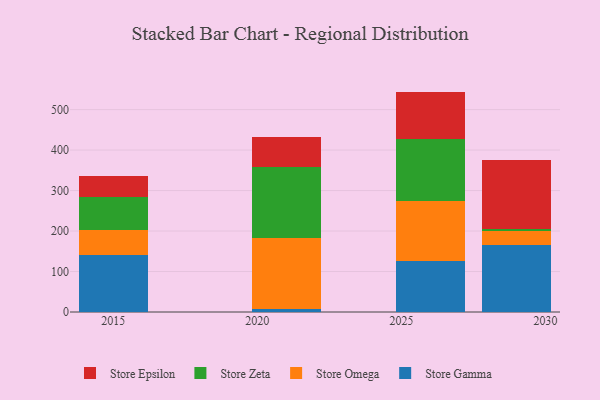
{"axis": {"x": "Year", "y": "Website Visitors"}, "legend": ["Store Epsilon", "Store Gamma", "Store Omega", "Store Zeta"], "data": [{"x": "2026", "y": 124.9, "type": "Store Gamma"}, {"x": "2026", "y": 148.7, "type": "Store Omega"}, {"x": "2026", "y": 153.1, "type": "Store Zeta"}, {"x": "2026", "y": 117.7, "type": "Store Epsilon"}, {"x": "2015", "y": 140.2, "type": "Store Gamma"}, {"x": "2015", "y": 61.5, "type": "Store Omega"}, {"x": "2015", "y": 82.2, "type": "Store Zeta"}, {"x": "2015", "y": 52.1, "type": "Store Epsilon"}, {"x": "2029", "y": 166.2, "type": "Store Gamma"}, {"x": "2029", "y": 33.0, "type": "Store Omega"}, {"x": "2029", "y": 5.8, "type": "Store Zeta"}, {"x": "2029", "y": 169.4, "type": "Store Epsilon"}, {"x": "2021", "y": 6.9, "type": "Store Gamma"}, {"x": "2021", "y": 176.7, "type": "Store Omega"}, {"x": "2021", "y": 173.9, "type": "Store Zeta"}, {"x": "2021", "y": 74.3, "type": "Store Epsilon"}]}